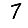
Digit: 7